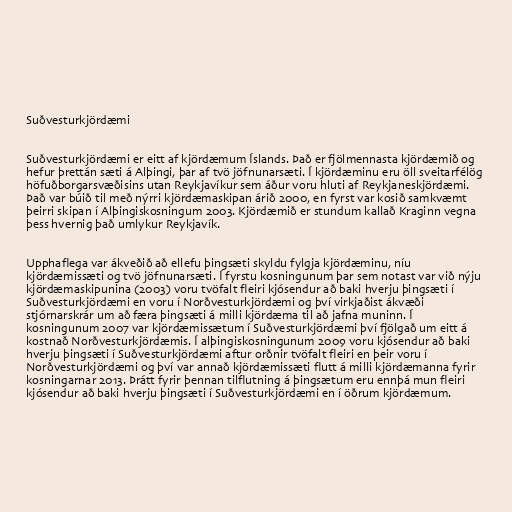
Suðvesturkjördæmi

Suðvesturkjördæmi er eitt af kjördæmum Íslands. Það er fjölmennasta kjördæmið og
hefur þrettán sæti á Alþingi, þar af tvö jöfnunarsæti. Í kjördæminu eru öll sveitarfélög
höfuðborgarsvæðisins utan Reykjavíkur sem áður voru hluti af Reykjaneskjördæmi.
Það var búið til með nýrri kjördæmaskipan árið 2000, en fyrst var kosið samkvæmt
þeirri skipan í Alþingiskosningum 2003. Kjördæmið er stundum kallað Kraginn vegna
þess hvernig það umlykur Reykjavík.

Upphaflega var ákveðið að ellefu þingsæti skyldu fylgja kjördæminu, níu
kjördæmissæti og tvö jöfnunarsæti. Í fyrstu kosningunum þar sem notast var við nýju
kjördæmaskipunina (2003) voru tvöfalt fleiri kjósendur að baki hverju þingsæti í
Suðvesturkjördæmi en voru í Norðvesturkjördæmi og því virkjaðist ákvæði
stjórnarskrár um að færa þingsæti á milli kjördæma til að jafna muninn. Í
kosningunum 2007 var kjördæmissætum í Suðvesturkjördæmi því fjölgað um eitt á
kostnað Norðvesturkjördæmis. Í alþingiskosningunum 2009 voru kjósendur að baki
hverju þingsæti í Suðvesturkjördæmi aftur orðnir tvöfalt fleiri en þeir voru í
Norðvesturkjördæmi og því var annað kjördæmissæti flutt á milli kjördæmanna fyrir
kosningarnar 2013. Þrátt fyrir þennan tilflutning á þingsætum eru ennþá mun fleiri
kjósendur að baki hverju þingsæti í Suðvesturkjördæmi en í öðrum kjördæmum.